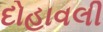
દોહાવલી